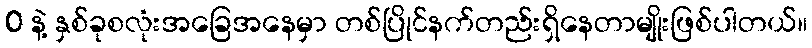
0 နဲ့ နှစ်ခုစလုံးအခြေအနေမှာ တစ်ပြိုင်နက်တည်းရှိနေတာမျိုးဖြစ်ပါတယ်။